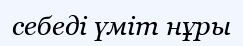
себеді үміт нұры